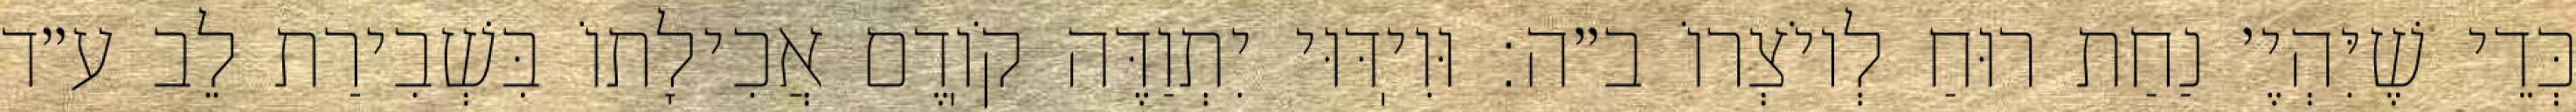
כְּדֵי שֶׁיִּהְיֶ׳ נַחַת רוּחַ לְיוֹצְרוֹ ב״ה: וּוִיֽדּוּי יִתְוַדֶּה קֹוֽדֶם אֲכִילָתוֹ בִּשְׁבִירַת לֵב ע״ד